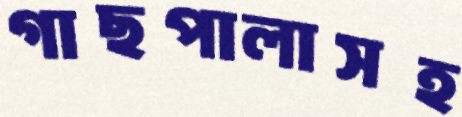
গাছপালাসহ